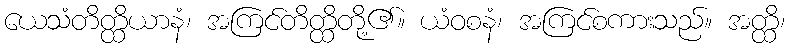
ယေသံတိတ္ထိယာနံ၊ အကြင်တိတ္ထိတို့၏။ ယံဝစနံ၊ အကြင်စကားသည်။ အတ္ထိ၊